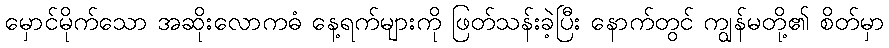
မှောင်မိုက်သော အဆိုးလောကဓံ နေ့ရက်များကို ဖြတ်သန်းခဲ့ပြီး နောက်တွင် ကျွန်မတို့၏ စိတ်မှာ